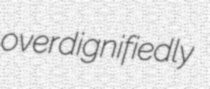
overdignifiedly